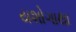
યશોગાથા